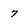
Character: 7